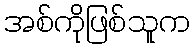
အစ်ကိုဖြစ်သူက